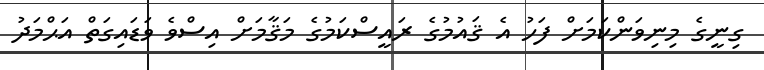
ގިނީގެ މިނިވަންކަމަށް ފަހު އެ ޤައުމުގެ ރައީސްކަމުގެ މަޤާމަށް އިސްވެ ވަޑައިގަތް އަޙްމަދު